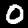
Digit: 0